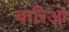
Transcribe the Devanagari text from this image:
बारिओ